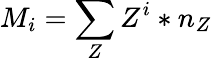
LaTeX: M_{i}=\sum_{Z}Z^{i}*n_{Z}